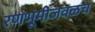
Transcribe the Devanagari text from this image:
रणभूमीजवळच